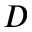
D